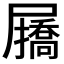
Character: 𭕷